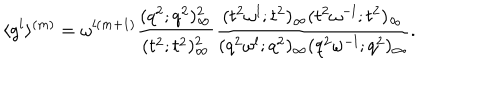
\langle g ^ { l } \rangle ^ { ( m ) } = \omega ^ { l ( m + 1 ) } \displaystyle \frac { ( q ^ { 2 } ; q ^ { 2 } ) _ { \infty } ^ { 2 } } { ( t ^ { 2 } ; t ^ { 2 } ) _ { \infty } ^ { 2 } } \displaystyle \frac { ( t ^ { 2 } \omega ^ { l } ; t ^ { 2 } ) _ { \infty } ( t ^ { 2 } \omega ^ { - l } ; t ^ { 2 } ) _ { \infty } } { ( q ^ { 2 } \omega ^ { l } ; q ^ { 2 } ) _ { \infty } ( q ^ { 2 } \omega ^ { - l } ; q ^ { 2 } ) _ { \infty } } .